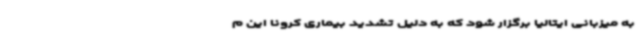
به میزبانی ایتالیا برگزار شود که به دلیل تشدید بیماری کرونا این م